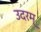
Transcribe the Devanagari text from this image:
उदरम्